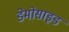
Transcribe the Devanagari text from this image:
डेमोसाइड